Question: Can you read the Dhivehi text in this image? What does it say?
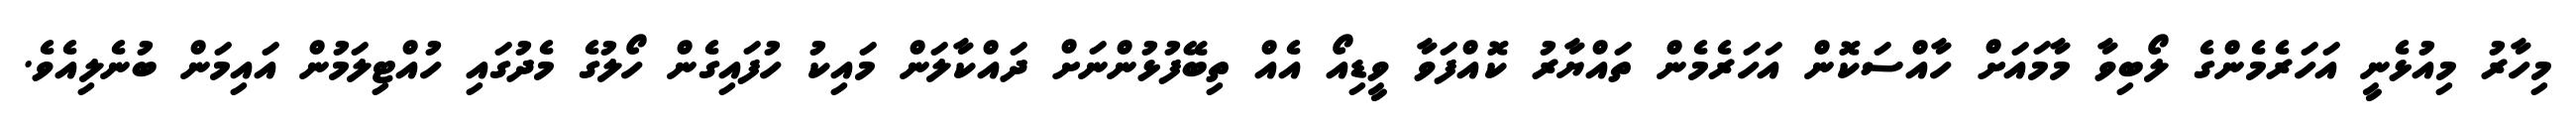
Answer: މިހާރު މިއުޅެނީ އަހަރެމެންގެ ލޯބިވާ މާމައަށް ހާއްސަކޮން އަހަރެމެން ތައްޔާރު ކޮއްފަވާ ވީޑިއޯ އެއް ތިބޭފުޅުންނަށް ދައްކާލަން މައިކު ހުފައިގެން ހޯލުގެ މެދުގައި ހުއްޓިލަމުން އައިމަން ބުނެލިއެވެ.